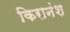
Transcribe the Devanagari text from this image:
किरानंश